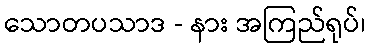
သောတပသာဒ - နား အကြည်ရုပ်၊